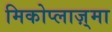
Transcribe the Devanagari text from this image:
मिकोप्लाज़्मा